Leaving Certificate Examination (including Day School Certificate (Higher) General paper), 1934
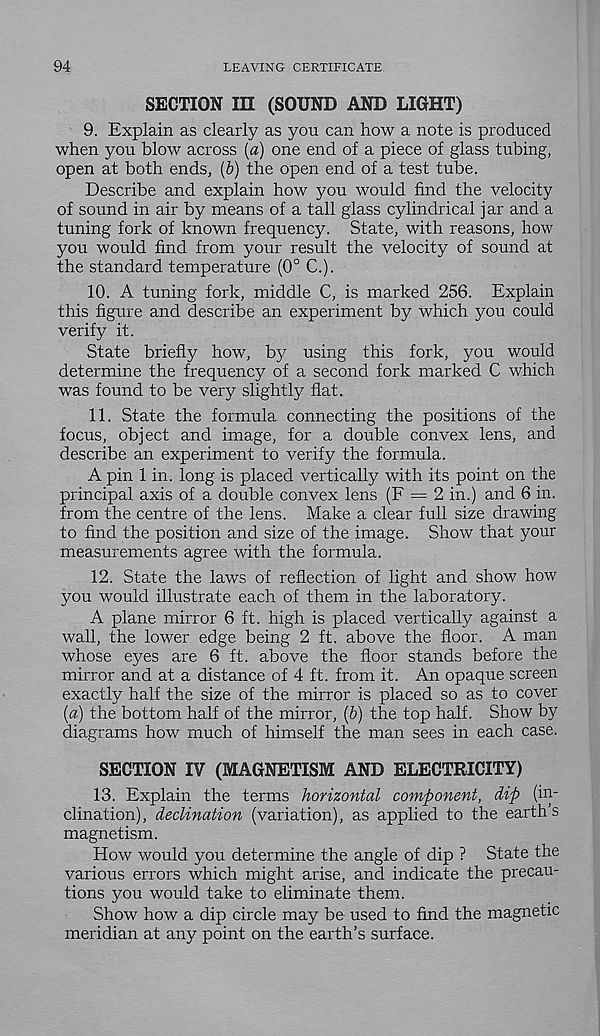
94
LEAVING CERTIFICATE
SECTION III (SOUND AND LIGHT)
9. Explain as clearly as you can how a note is produced
when you blow across (a) one end of a piece of glass tubing,
open at both ends, (b) the open end of a test tube.
Describe and explain how you would find the velocity
of sound in air by means of a tall glass cylindrical jar and a
tuning fork of known frequency. State, with reasons, how
you would find from your result the velocity of sound at
the standard temperature (0° C.).
10. A tuning fork, middle C, is marked 256. Explain
this figure and describe an experiment by which you could
verify it.
State briefly how, by using this fork, you would
determine the frequency of a second fork marked C which
was found to be very slightly flat.
11. State the formula connecting the positions of the
focus, object and image, for a double convex lens, and
describe an experiment to verify the formula.
A pin 1 in. long is placed vertically with its point on the
principal axis of a double convex lens (F = 2 in.) and 6 in.
from the centre of the lens. Make a clear full size drawing
to find the position and size of the image. Show that your
measurements agree with the formula.
12. State the laws of reflection of light and show how
you would illustrate each of them in the laboratory.
A plane mirror 6 ft. high is placed vertically against a
wall, the lower edge being 2 ft. above the floor. A man
whose eyes are 6 ft. above the floor stands before the
mirror and at a distance of 4 ft. from it. An opaque screen
exactly half the size of the mirror is placed so as to cover
(a) the bottom half of the mirror, (b) the top half. Show by
diagrams how much of himself the man sees in each case.
SECTION IV (MAGNETISM AND ELECTRICITY)
13. Explain the terms horizontal component, dip (in-
clination), declination (variation), as applied to the earth’s
magnetism.
How would you determine the angle of dip ? State the
various errors which might arise, and indicate the precau-
tions you would take to eliminate them.
Show how a dip circle may be used to find the magnetic
meridian at any point on the earth’s surface.